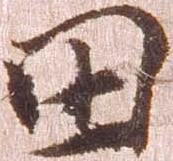
田